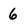
Character: 6